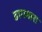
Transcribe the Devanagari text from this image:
डागमारा